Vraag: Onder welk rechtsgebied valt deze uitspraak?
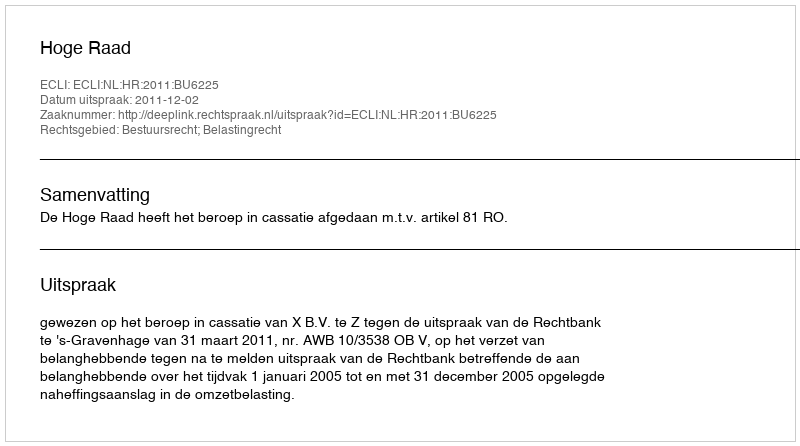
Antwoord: Bestuursrecht; Belastingrecht